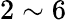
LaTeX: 2\sim 6